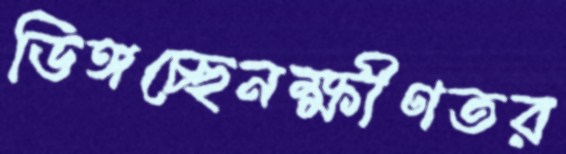
ডিঙ্গচ্ছেনক্ষীণতর